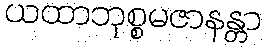
ယထာဘုစ္စမဇာနန္တာ